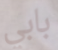
بابي